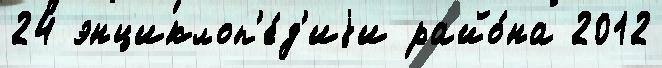
24 энциклоп'е́д'иjи райо́на 2012